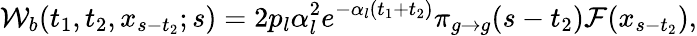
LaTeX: {\cal W}_{b}(t_{1},t_{2},x_{s-t_{2}};s)=2p_{l}\alpha_{l}^{2}e^{-\alpha_{l}(t_{1}+t_{2})}\pi_{g\to g}(s-t_{2}){\cal F}(x_{s-t_{2}}),